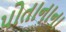
પોતાનાના